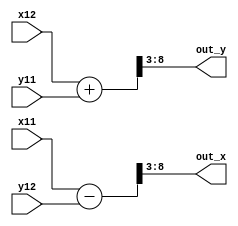
module Rotation_Add_Substract(x11, x12,y11, y12, out_x, out_y);

parameter BW_XCOS = 9; // [5 bit integer. BW_XCOS-5 bit fraction] -18 to 18
parameter BW_OUT = 6; // from -18 to 18 so 8 bits is enough

// format [6 interger bits inluding a signed bit. (BW_XCOS-6) bit fractions] [-18 to 18]
input signed [BW_XCOS-1:0] x11; // cosx
input signed [BW_XCOS-1:0] x12; // sinx
input signed [BW_XCOS-1:0] y11; // cosy
input signed [BW_XCOS-1:0] y12; // siny

output signed [BW_OUT-1:0] out_x;
output signed [BW_OUT-1:0] out_y;

wire signed [BW_OUT-1:0] x;
wire signed [BW_OUT-1:0] y;

wire signed [BW_XCOS:0] x_temp; // cosx - siny
wire signed [BW_XCOS:0] y_temp; // sinx + cosy

assign x_temp = x11 - y12;
assign y_temp = x12 + y11;


assign x = x_temp[BW_XCOS:BW_XCOS-6]; 
assign y = y_temp[BW_XCOS:BW_XCOS-6]; 

assign out_x = x;
assign out_y = y;

endmodule